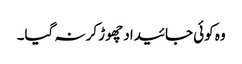
وہ کوئی جائیداد چھوڑ کر نہ گیا۔